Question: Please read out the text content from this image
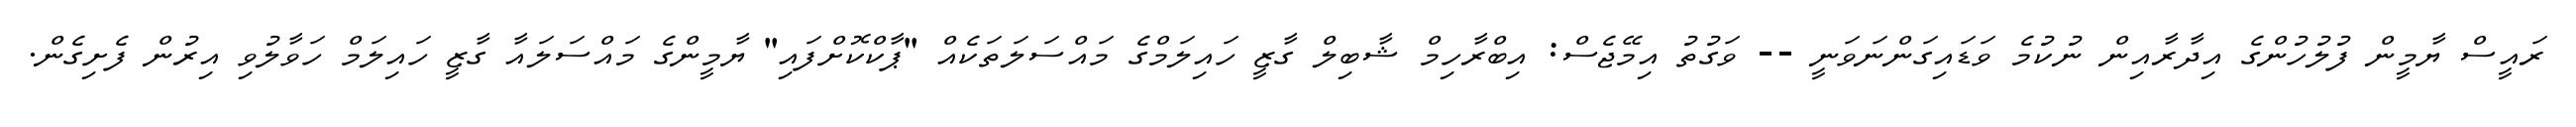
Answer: ރައީސް ޔާމީން ފުލުހުންގެ އިދާރާއިން ނުކުމެ ވަޑައިގަންނަވަނީ -- ވަގުތު އިމޭޖެސް: އިބްރާހިމް ޝާބިލް ގާޒީ ހައިލަމްގެ މައްސަލަތަކެއް "ޕާކްކޮށްފައި" ޔާމީންގެ މައްސަލައާ ގާޒީ ހައިލަމް ހަވާލުވި އިރުން ފެށިގެން.